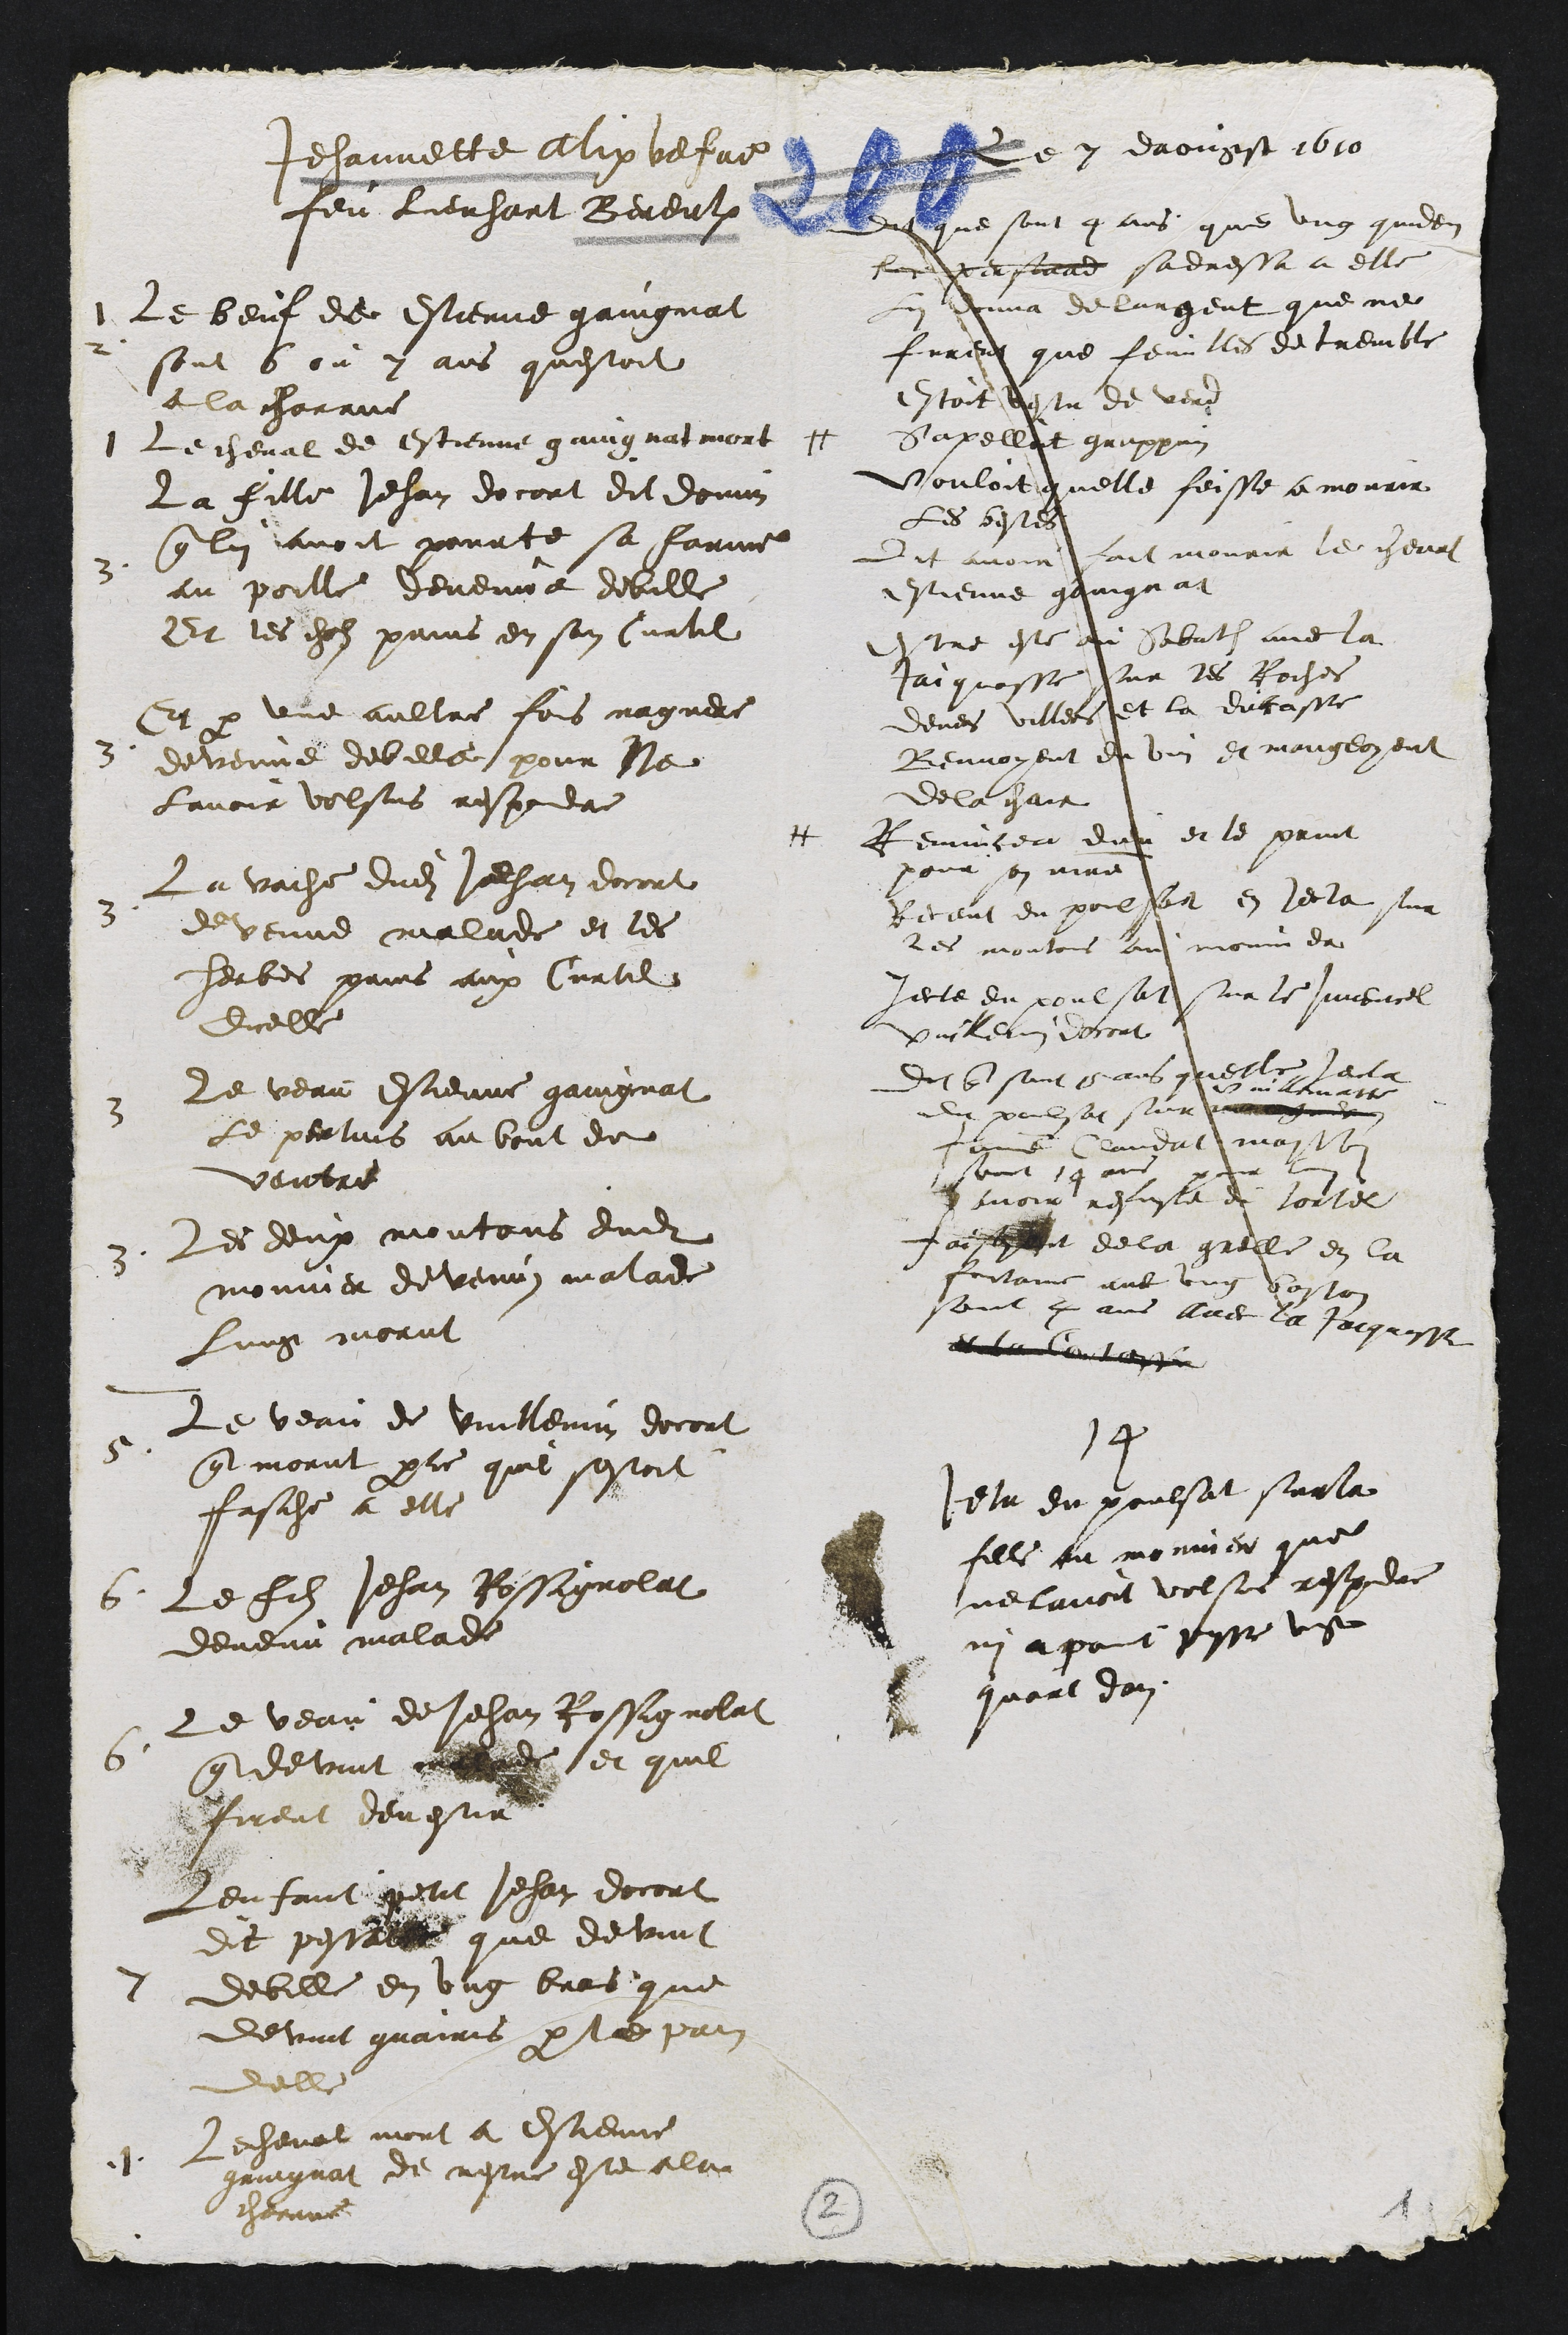
Le 7 daougst 1610
Jehannette Alix vefve
feu Lienhart Bereulx
1 Le beuf de Estienne gaingnat
2.
sont 6 ou 7 ans questoit
a la charrue
1 Le cheval de Estienne gaingnat mort
3.
La fille Jehan docort dit donnin
que lui avoit pourte sa farine
au poille devenue debille
Et les chez prins en son Curtil
3
Et par une aultre fois naguere
devenue debille pour ne
lavoir volsus respondre
3
La vache dudit Jehan docort
devenue malade et les
herbes prins aux Curtil
dicelle
3
Le veau Estienne gaingnat
Le pertuis au bout de
ventre
3.
Les deux moutons dudit
monnier devenus malade
Lung morut
5.
Le veau de Vuillemin docort
que morut parce quil sestoit
fasche a elle
6. Le filz Jehan Rossignolat
devenu malade
6
Le veau de Jehan Rossignolat
que devint malade et quil
firent devestir
7
Lenfant petit Jehan docort
dit pessat que devint
debille en ung bras que
devint guairis par le prai
delle
.1.
Le cheval mort a Estienne
gaingnat de nestre este a la
charrue
14
Jeta du poulsat sur la
fille au monnier que
ne lavoit volsus respondre
ni a peut passe ung
quart dan.
#
dit que sont 4 ans que ung quidam
Lur pensand sadressa a elle
Lui donna de largent que ne
furent que feuilles de tremble
Etoit vestu de verd
Sapelloit grappin
vouloit quelle feisse a mourir
les bestes
Dit avoir fait mourir le cheval
Estienne gaingnat
Estre este au Sabath avec la
Jaiquasse sur les Roches
devers Villers et la ducasse
Beuvoyent du vin et mangeoyent
de la chair
#
Renuncea dudit et le print
pour son maitre
???ant du poulsat en jecta sur
les moutons au monnie et
jecte du poulsat sur le juvencel
Vuillemin docort
Dit questant 15 ans quelle jecta
du poulsat sur ?????????
Vuillematte
femme Claudat maisson
sont 14 ans pour lui
avoir refuse de torler
faisoyent de la grelle en la
fontaine avec ung baston
sont 4 ans avec la Jaquesse
et la Contesse